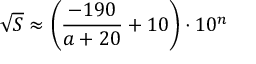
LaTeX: { \sqrt { S } } \approx \left( { \frac { - 1 9 0 } { a + 2 0 } } + 1 0 \right) \cdot 1 0 ^ { n }